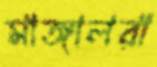
মাঙ্গালরা